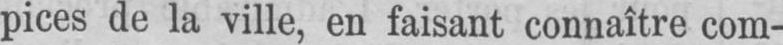
pices de la ville, en faisant connaître com-